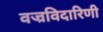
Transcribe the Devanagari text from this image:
वज्रविदारिणी